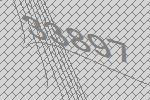
33897